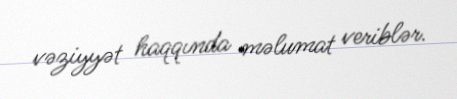
vəziyyət haqqında məlumat veriblər.